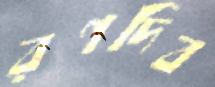
রণদিব